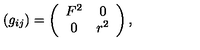
( g _ { i j } ) = \left( \begin{array} { c c } { F ^ { 2 } } & { 0 } \\ { 0 } & { r ^ { 2 } } \\ \end{array} \right) ,